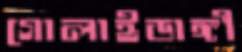
গোলাইডাঙ্গী